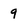
Character: 9